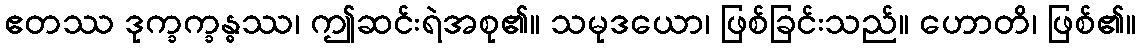
ဧတဿ ဒုက္ခက္ခန္ဓဿ၊ ဤဆင်းရဲအစု၏။ သမုဒယော၊ ဖြစ်ခြင်းသည်။ ဟောတိ၊ ဖြစ်၏။